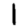
Digit: 1